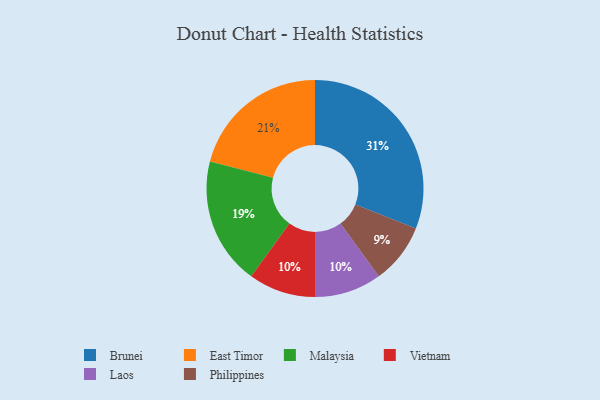
{"axis": {"x": "Category", "y": "Percentage"}, "legend": ["Brunei", "East Timor", "Laos", "Malaysia", "Philippines", "Vietnam"], "data": [{"x": "Vietnam", "y": 10, "type": "Vietnam"}, {"x": "Brunei", "y": 31, "type": "Brunei"}, {"x": "East Timor", "y": 21, "type": "East Timor"}, {"x": "Philippines", "y": 9, "type": "Philippines"}, {"x": "Malaysia", "y": 19, "type": "Malaysia"}, {"x": "Laos", "y": 10, "type": "Laos"}]}